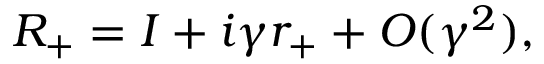
R _ { + } = I + i \gamma r _ { + } + { \cal O } ( \gamma ^ { 2 } ) ,